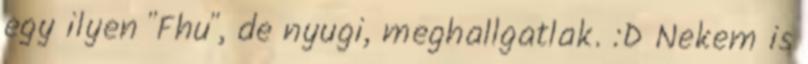
egy ilyen "Fhu", de nyugi, meghallgatlak. :D Nekem is